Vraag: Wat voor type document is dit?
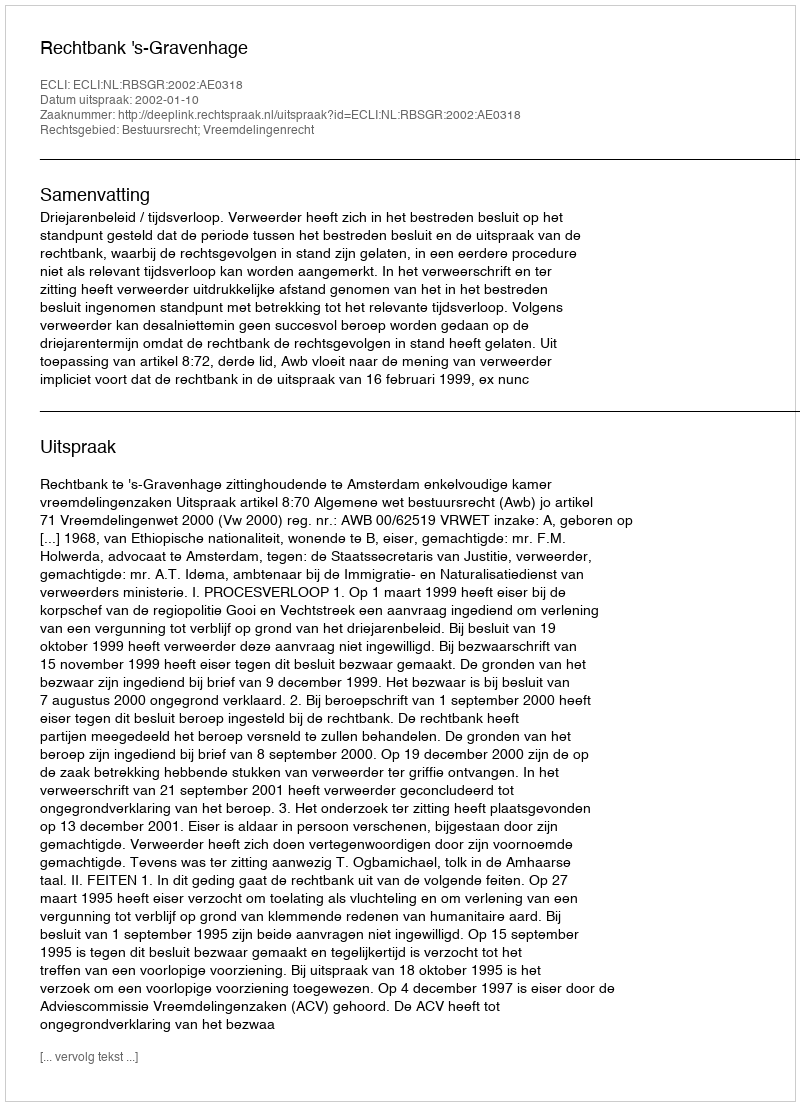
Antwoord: Uitspraak